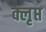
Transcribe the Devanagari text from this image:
क्लृप्त